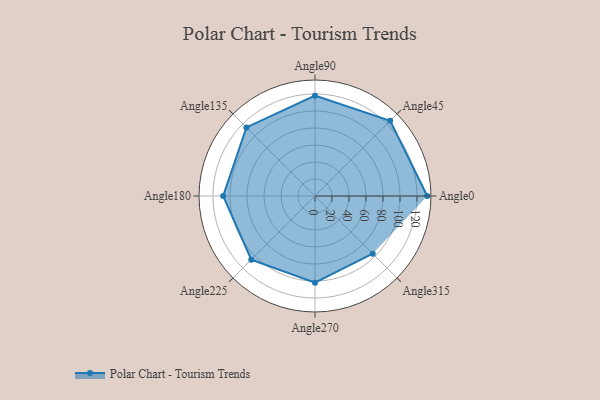
{"axis": {"x": "Angle", "y": "Radius"}, "legend": [""], "data": [{"x": "Angle0", "y": 132.0, "type": ""}, {"x": "Angle45", "y": 125.0, "type": ""}, {"x": "Angle90", "y": 118.0, "type": ""}, {"x": "Angle135", "y": 114.0, "type": ""}, {"x": "Angle180", "y": 108.0, "type": ""}, {"x": "Angle225", "y": 106.0, "type": ""}, {"x": "Angle270", "y": 102.0, "type": ""}, {"x": "Angle315", "y": 96.0, "type": ""}]}